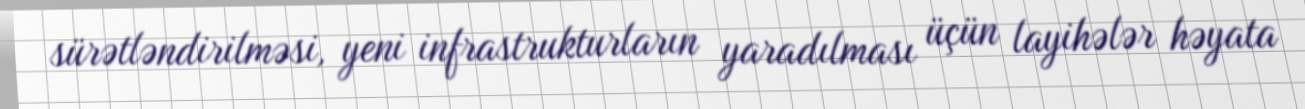
sürətləndirilməsi, yeni infrastrukturların yaradılması üçün layihələr həyata